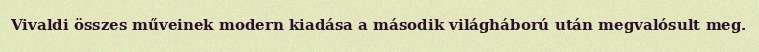
Vivaldi összes műveinek modern kiadása a második világháború után megvalósult meg.